Report of the Hyderabad Chloroform Commission
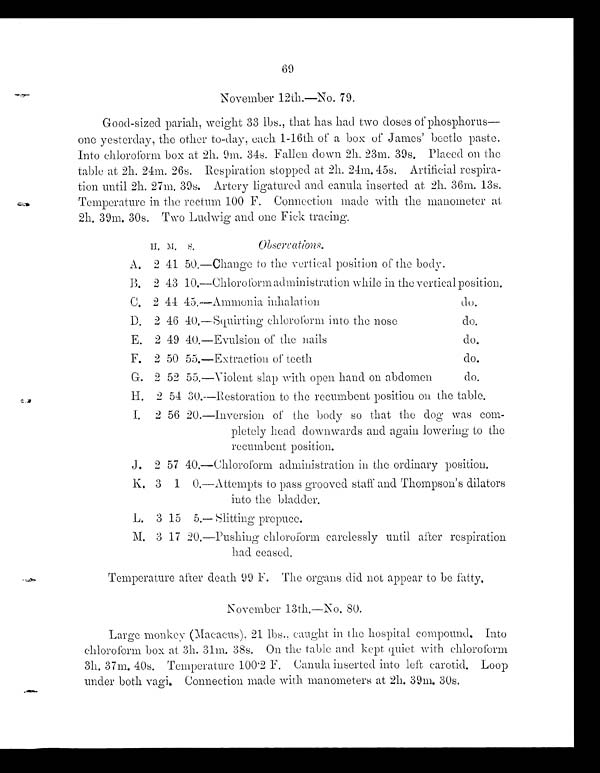
69
November 12th.—No. 79.
Good-sized pariah, weight 33 lbs., that has had two doses of phosphorus
— o n e y e s t e r d a y , t h e o t h e r t o - d a y , e a c h 1 - 1 6 t h o f a b o x o f J a m e s b e e t l e p a s t e .
Into chloroform box at 2h. 9m. 34s. Fallen down 2h. 23m. 39s. Placed on the
table at 2h. 24m. 26s. Respiration stopped at 2h. 24m. 45s. Artificial respira-
tion until 2h. 27m. 39s. Artery ligatured and canula inserted at 2h. 36m. 13s.
Temperature in the rectum 100 F. Connection made with the manometer at
2h. 39m. 30s. Two Ludwig and one Fick tracing.
H. M. s.
Observations
A. 2 41 50. —Change to the vertical position of the body.
B. 2 43 10. —Chloroform administration while in the vertical position.
C. 2 44 45. —Ammonia inhalation do.
D. 2 46 40.—Squirting chloroform into the nose do.
E. 2 49 40.—Evulsion of the nails do.
F. 2 50 55. -Extraction of teeth do.
G. 2 52 55.—Violent slap with open hand on abdomen do.
H. 2 54 30. —Restoration to the recumbent position On the table.
I. 2 56 20.—Inversion of the body so that the dog was com-
pletely head downwards and again lowering to the
recumbent position.
J. 2 57 40.—Chloroform administration in the ordinary position.
K. 3 1 0.— Attempts to pass grooved staff and Thompson's dilators
into the bladder.
L. 3 15 5.— slitting prepuce.
M. 3 17 20.—Pushing chloroform carelessly until after respiration
had ceased.
Temperature after death 99 F. The organs did not appear to be fatty
.
November 13th.—No. 80.
Large monkey (Macacus), 21 lbs., caught in the hospital compound. Into
chloroform box at 3h. 31m. 38s. On the table and kept quiet with chloroform
3h. 37m. 40s. Temperature 100·2 F. Canula inserted into left carotid. Loop
under both vagi. Connection made with manometers at 2h. 39m. 30s.